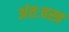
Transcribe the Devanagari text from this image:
अंतःवस्त्र